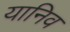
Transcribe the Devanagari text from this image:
यानिव